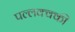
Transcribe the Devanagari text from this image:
पल्लक्क्की